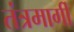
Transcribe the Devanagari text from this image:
तंत्रमार्गी